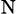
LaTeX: \mathrm{_N}